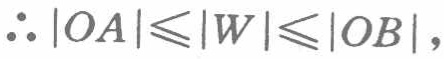
\(\therefore |OA|\leqslant |W|\leqslant |OB|,\)